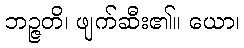
ဘဉ္ဇတိ၊ ဖျက်ဆီး၏။ ယော၊